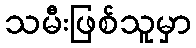
သမီးဖြစ်သူမှာ